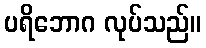
ပရိဘောဂ လုပ်သည်။